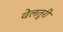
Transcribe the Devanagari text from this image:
वेलतुरी